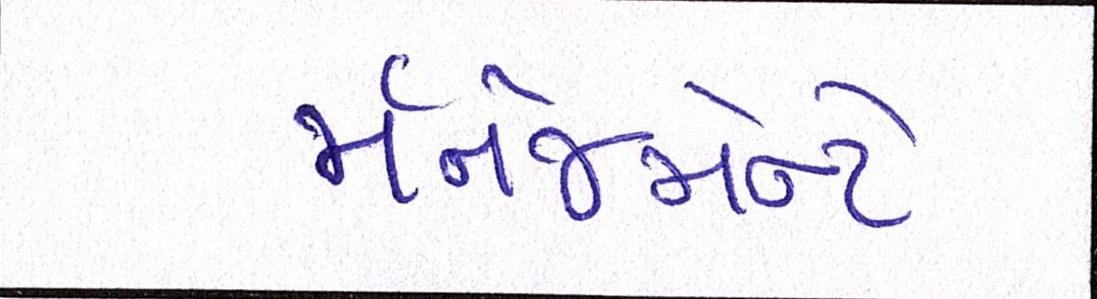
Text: મૅનેજમેન્ટે